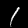
Digit: 1